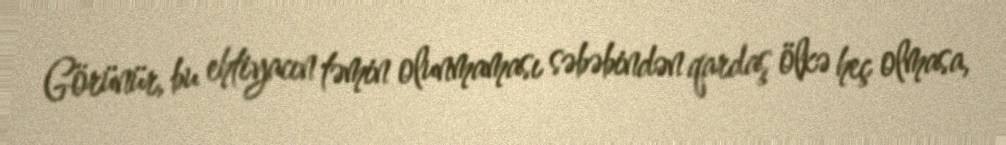
Görünür, bu ehtiyacın təmin olunmaması səbəbindən qardaş ölkə heç olmasa,